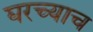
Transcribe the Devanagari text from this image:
घरच्याच